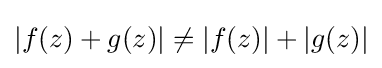
|f(z)+g(z)|\neq |f(z)|+|g(z)|